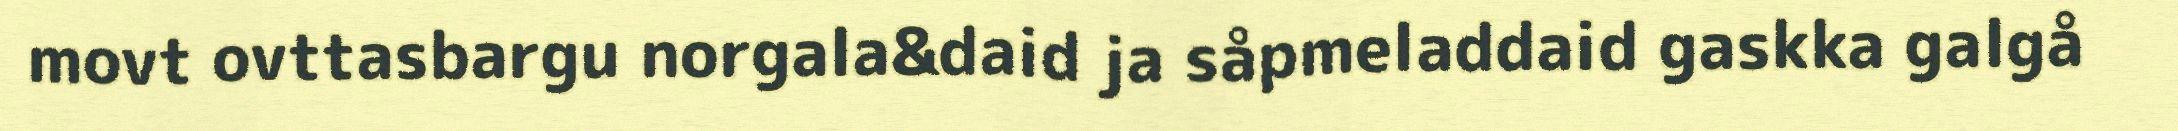
movt ovttasbargu norgala&daid ja såpmeladdaid gaskka galgå